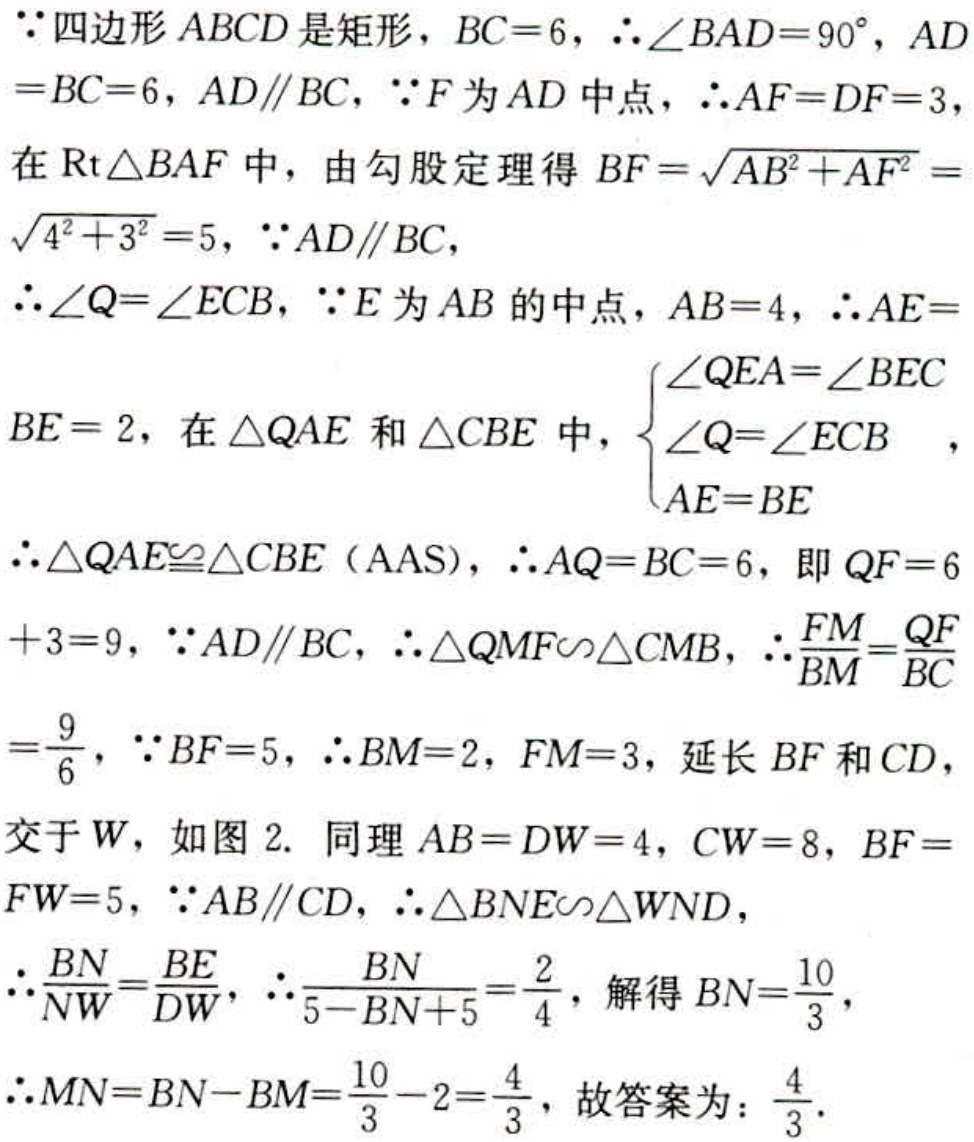
$\because$四边形$ABCD$是矩形，$BC = 6$，$\therefore\angle BAD = 90^{\circ}$，$AD = BC = 6$，$AD\parallel BC$，$\because F$为$AD$中点，$\therefore AF = DF = 3$，
在$\text{Rt}\triangle BAF$中，由勾股定理得$BF=\sqrt{AB^{2}+AF^{2}}=\sqrt{4^{2}+3^{2}} = 5$，$\because AD\parallel BC$，
$\therefore\angle Q=\angle ECB$，$\because E$为$AB$的中点，$AB = 4$，$\therefore AE = BE = 2$，在$\triangle QAE$和$\triangle CBE$中，$\begin{cases}\angle QEA=\angle BEC\\\angle Q=\angle ECB\\AE = BE\end{cases}$，
$\therefore\triangle QAE\cong\triangle CBE(\text{AAS})$，$\therefore AQ = BC = 6$，即$QF = 6 + 3 = 9$，$\because AD\parallel BC$，$\therefore\triangle QMF\backsim\triangle CMB$，$\therefore\frac{FM}{BM}=\frac{QF}{BC}=\frac{9}{6}$，$\because BF = 5$，$\therefore BM = 2$，$FM = 3$，延长$BF$和$CD$，交于$W$，如图2. 同理$AB = DW = 4$，$CW = 8$，$BF = FW = 5$，$\because AB\parallel CD$，$\therefore\triangle BNE\backsim\triangle WND$，
$\therefore\frac{BN}{NW}=\frac{BE}{DW}$，$\therefore\frac{BN}{5 - BN + 5}=\frac{2}{4}$，解得$BN=\frac{10}{3}$，
$\therefore MN = BN - BM=\frac{10}{3}-2=\frac{4}{3}$，故答案为：$\frac{4}{3}$.